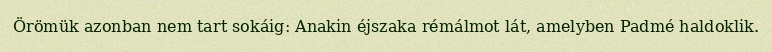
Örömük azonban nem tart sokáig: Anakin éjszaka rémálmot lát, amelyben Padmé haldoklik.